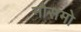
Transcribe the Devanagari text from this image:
मौसमो